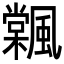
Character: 𩘽